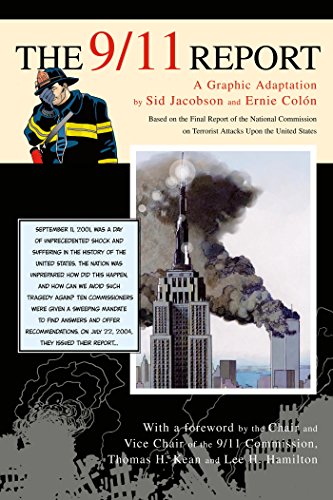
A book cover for The 9/11 Report: A Graphic Adaptation; Sid Jacobson; Comics & Graphic Novels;